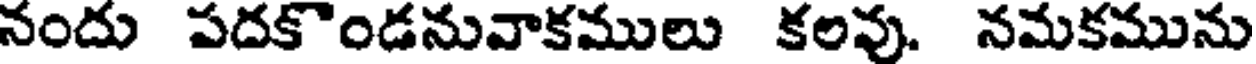
నందు పదకొండనువాకములు కలవు. నమకమును